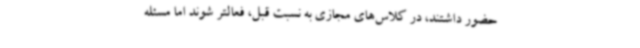
حضور داشتند، در کلاس‌های مجازی به نسبت قبل، فعالتر شوند اما مسئله